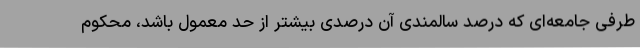
طرفی جامعه‌ای که درصد سالمندی آن درصدی بیشتر از حد معمول باشد، محکوم